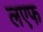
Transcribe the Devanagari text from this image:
लएफ